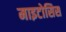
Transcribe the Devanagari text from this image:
माइटोसिस